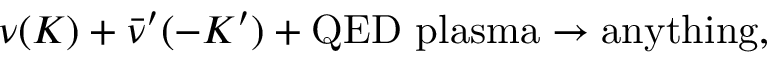
\nu ( K ) + \bar { \nu } ^ { \prime } ( - K ^ { \prime } ) + \mathrm { Q E D ~ p l a s m a } \to \mathrm { a n y t h i n g } ,